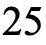
25